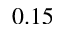
0 . 1 5